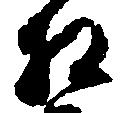
相